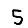
Digit: 5